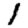
Digit: 1